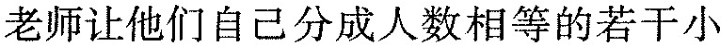
老师让他们自己分成人数相等的若干小